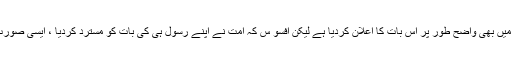
آنحضرت نے اپنی زندگی میں متعدد موقعوں پر اس بات کی صراحت کی ہے ، غدیر کے میدان میں بھی واضح طور پر اس بات کا اعلان کردیا ہے لیکن افسو س کہ امت نے اپنے رسول ہی کی بات کو مسترد کردیا ، ایسی صورت میں کیا ضمانت ہے کہ قرآن مجید میں حضرت علی کا نام لینے سے یہ اختلاف رونما نہ ہوتا ۔